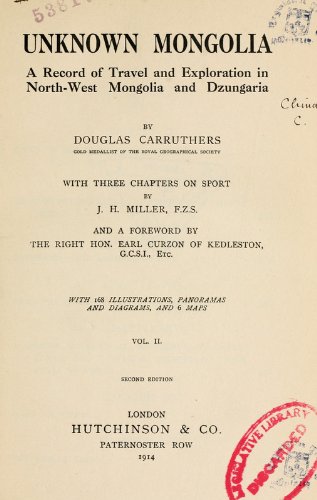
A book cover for Unknown Mongolia: A Record of Travel and Exploration in North-West Mongolia and Dzungaria; Douglas Carruthers; Travel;